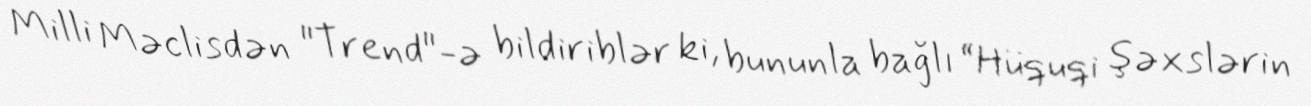
Milli Məclisdən "Trend"-ə bildiriblər ki, bununla bağlı “Hüquqi şəxslərin